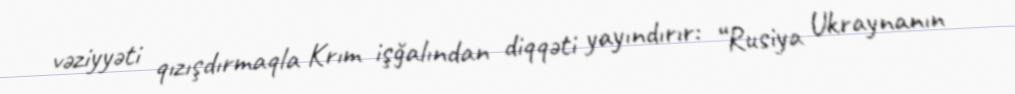
vəziyyəti qızışdırmaqla Krım işğalından diqqəti yayındırır: “Rusiya Ukraynanın